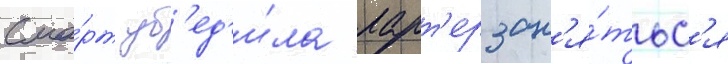
Сма́рт уб'ед'и́ла ларт'ер зан'я́тьс'я